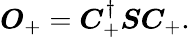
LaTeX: \boldsymbol{O}_{+}=\boldsymbol{C}_{+}^{\dagger}\boldsymbol{S}\boldsymbol{C}_{+}.